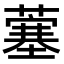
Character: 𫉲